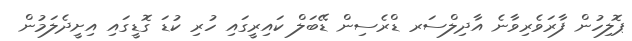
ޕޮލިހުން ފާރަވެރިވާނެ އާދިލްސަރ ޑްރެސިން ޑޭބަލް ކައިރީގައި ހުރި ކުޑަ ގޮޑީގައި އިށީދެލަމުން